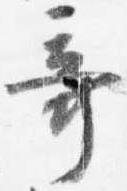
奇